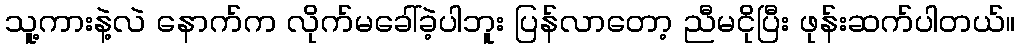
သူ့ကားနဲ့လဲ နောက်က လိုက်မခေါ်ခဲ့ပါဘူး ပြန်လာတော့ ညီမငိုပြီး ဖုန်းဆက်ပါတယ်။